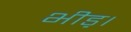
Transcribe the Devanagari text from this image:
भीड़़।